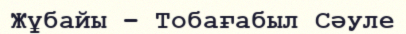
Жұбайы – Тобағабыл Сәуле